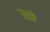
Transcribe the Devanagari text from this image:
छाऐ